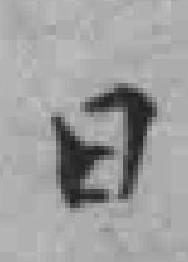
日